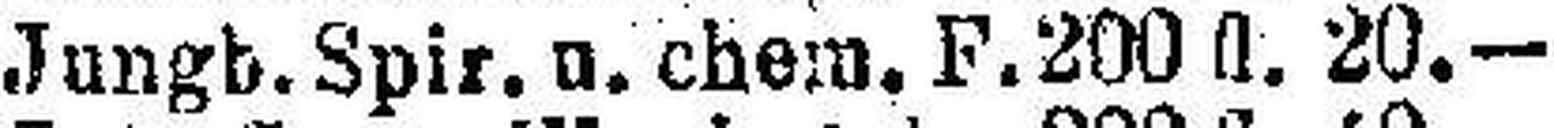
Jungb. Spir. u. chem. F. 200 fl. 20.—